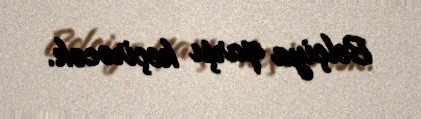
Belçiya qarşı keçirəcək.